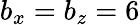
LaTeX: b_{x}=b_{z}=6